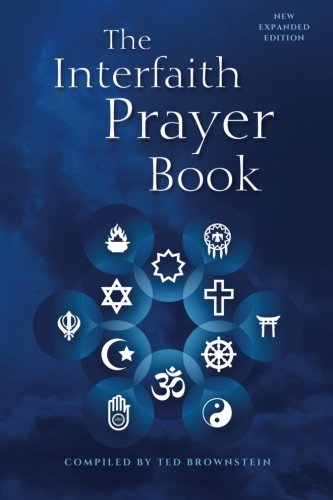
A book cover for The Interfaith Prayer Book: New Expanded Edition; Ted Brownstein; Religion & Spirituality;